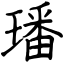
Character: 璠